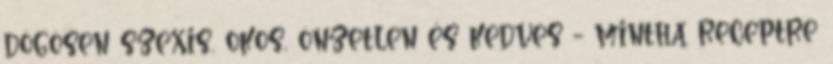
dögösen szexis, okos, önzetlen és kedves - mintha receptre